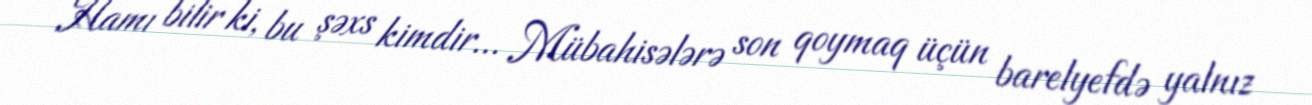
Hamı bilir ki, bu şəxs kimdir... Mübahisələrə son qoymaq üçün barelyefdə yalnız